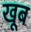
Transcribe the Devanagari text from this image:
खूब